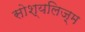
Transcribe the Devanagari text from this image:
सोश्यलिज़्म